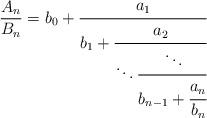
LaTeX: \begin{align*}\frac{A_n}{B_n}=b_0+\cfrac{a_1}{b_1+\cfrac{a_{2}}{\ddots\cfrac{\ddots}{b_{n-1}+\cfrac{a_n}{b_n}}}}\end{align*}